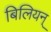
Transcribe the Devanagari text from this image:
बिलियन्